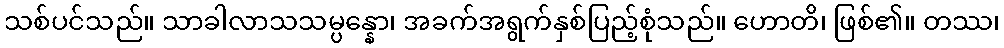
သစ်ပင်သည်။ သာခါလာသသမ္ပန္နော၊ အခက်အရွက်နှစ်ပြည့်စုံသည်။ ဟောတိ၊ ဖြစ်၏။ တဿ၊